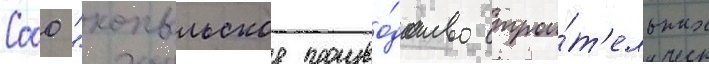
Сооо "копыльское произво́дство строи́т'ельных